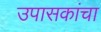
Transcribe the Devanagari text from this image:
उपासकांचा